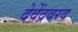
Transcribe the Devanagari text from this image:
देवेंद्रवरद